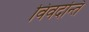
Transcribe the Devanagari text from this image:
विवदन्ति